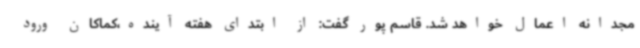
مجدانه اعمال خواهد شد. قاسم پور گفت: از ابتدای هفته آینده،کماکان ورود